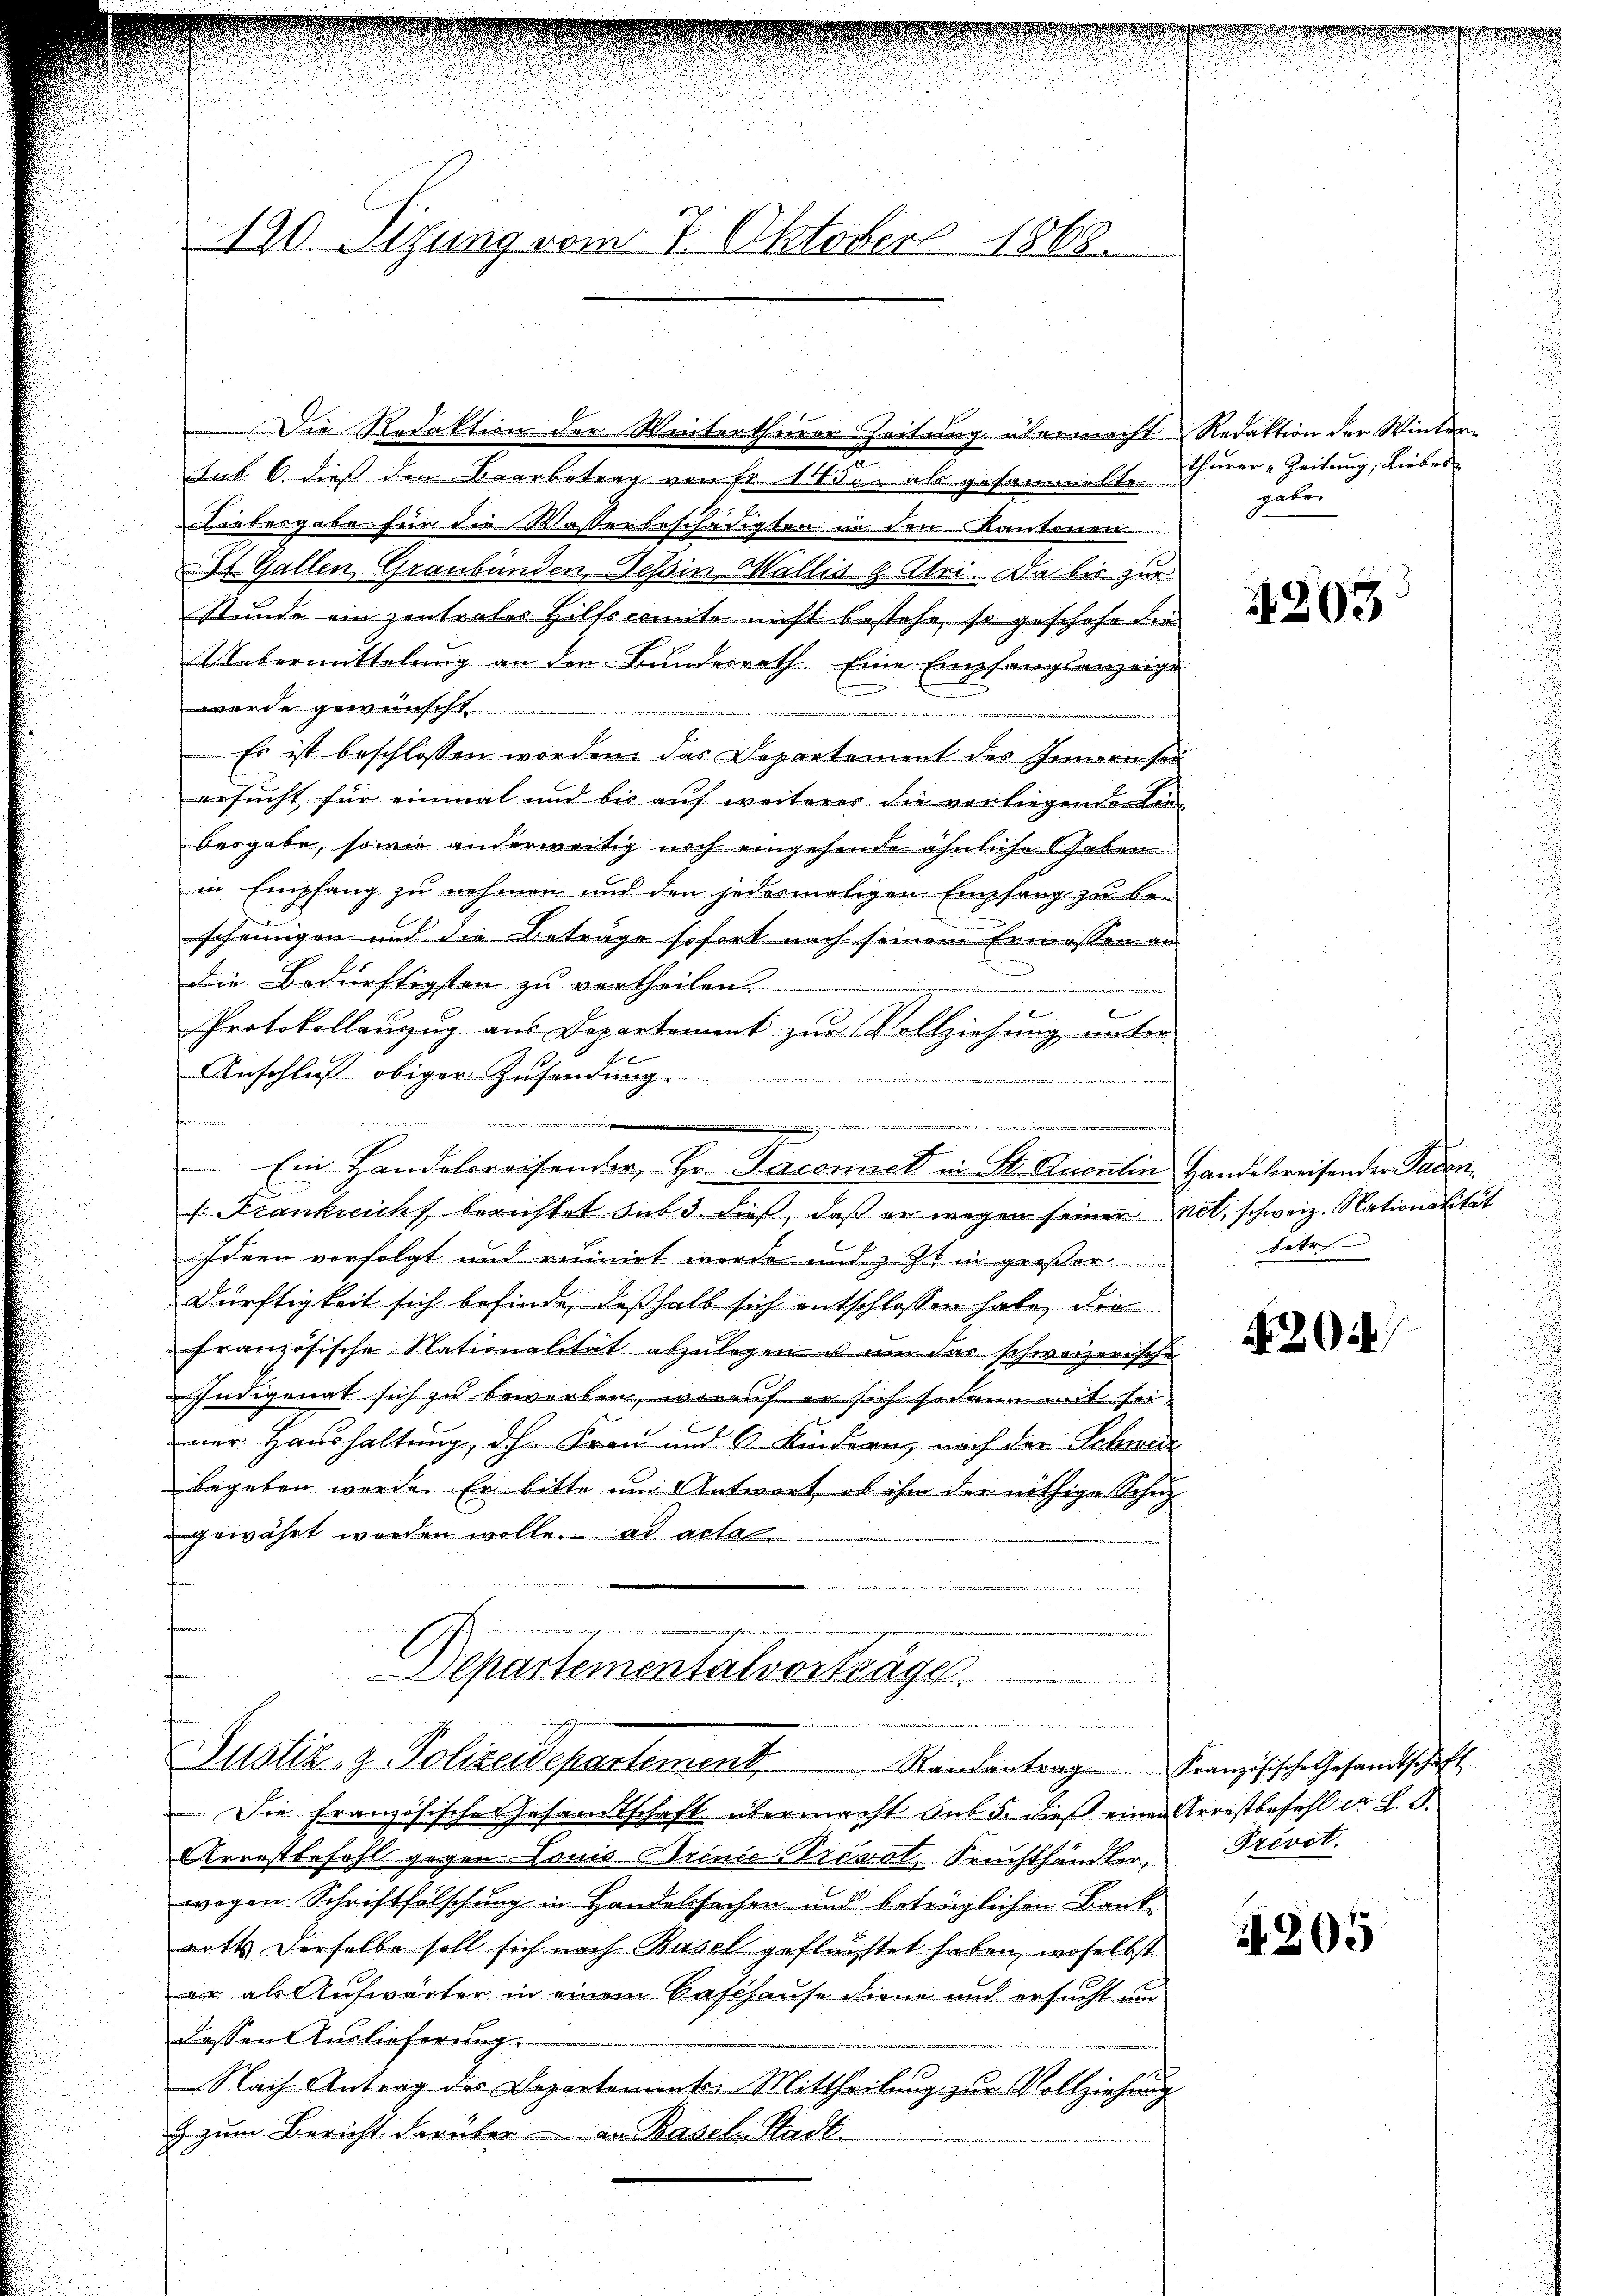
190. Sitzung vom 7. Oktobers 1868.

sub 6. dies den Baarbetrag von Fr. 11. als gesammelte
Liebesgabe für die Wasserbeschädigten in den Kantonen
St. Gallen Graubünden, Tessin Wallis g Alri. Da bis zur
Stunde ein zentrales Hilfscomite nicht bestehe, so geschehe die
Uebermittelung an den Bundesrath. Eine Empfangsanzeige
wurde gewünscht
eder
Es ist beschlossen worden. Das Departement des Innern sei
ersucht für einmal und bis auf weiterer die vorliegende Ein-
besgabe, sowie anderweitig noch eingehende ähnliche haben
in Empfang zu nehmen und den jedesmaligen Empfang zu bei
u
scheinigen und die Beträge sofort nach seinem Ermessen an
Die Bedürftigsten zu vertheilen.
Protokollanzug aus Departement zur Vollziehung unter-
Anschluß obiger Zusendung.

m

Ein Handelsreisender, Hr. Jaconek in St. Buentin Handelsreisender Faden
b
s Frankreicht berichtet sub 3. dieß, daß er wegen seiner mit, schweiz. Nationalität
Ideen verfolgt und ruinirt werde und zucht in größer
Dürftigkeit sich befinde, deßhalb sich entschlossen habe, die
französische Nationalität abzulegen u um das schweizerische
Indigenat sich zu beworben, worauf er sich sodann mit seiner Haushaltung, dh. Frau und 6 Kindern nach der Schweiz
begeben werde. Er bitte um Antwort, ob ihm der nöthige Schul
gewährt werden wolle. ad actal
e
Separtementalvortrage

Die Redaktion der Winterthurer Zeitung übermacht Redaktion der Winter-

atirten man aus
Justiz- & Polizeidepartement, Randantrag Französische Gesandtschaft

thurer Zeitung, Liebes
pater

Die Französisches Gesandtschaft übermacht sub 5. dieß einen Arrestbefehl er L. S.
Arrestbefehl gegen Louis Arinie Privat Seuchthändler,
wogen Schriftfälschung in Handelsachen und beträglichen Bankrotts derselbe soll sich nach Basel geflüchtet haben, woselbst
er als Aufwärter in einem Baschause diene und ersucht an
dessen Auslieferung.
Nach Antrag des Departemente Mittheilung zur Vollziehung
 zum Bericht darüber an Basel-Stadl
f

4803

betr.

3044.

Prevot.

4205

2